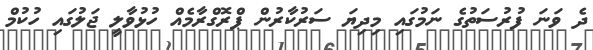
ދެ ވަނަ ފުރުސަތުގެ ނަމުގައި މިދިޔަ ސަރުކާރުން ޕްރޮގްރާމެއް ހުޅުވާލީ ޖަލުގައި ހުކުމް